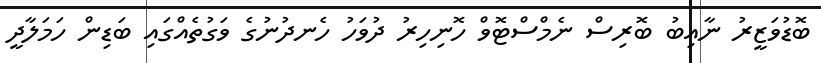
ބޮޑުވަޒީރު ނާއިބު ބޮރިސް ނެމްސްޓޮވް ހޮނިހިރު ދުވަހު ހެނދުނުގެ ވަގުތެއްގައި ބަޑިން ހަމަލާދީ